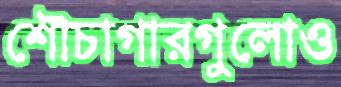
শৌচাগারগুলোও